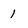
Character: 1